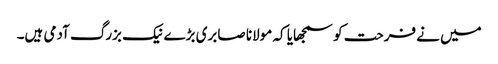
میں نے فرحت کو سمجھایا کہ مولانا صابری بڑے نیک بزرگ آدمی ہیں۔